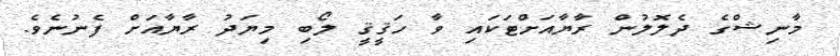
މާނިޝްގެ ދެލޮލުން ރާޔާއަށްޓަކައި ވާ ހަޤީޤީ ލޯބި މިޔަދު ރާޔާއަށް ފެނުނެވެ.